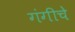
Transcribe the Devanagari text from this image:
गंगीचे